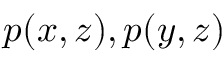
p ( x , z ) , p ( y , z )